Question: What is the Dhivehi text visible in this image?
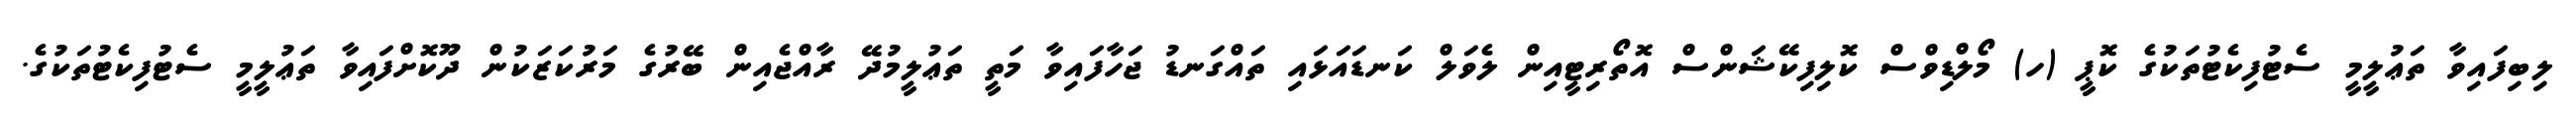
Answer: ލިބިފައިވާ ތަޢުލީމީ ސެޓުފިކެޓުތަކުގެ ކޮޕީ (ހ) މޯލްޑިވްސް ކޮލިފިކޭޝަންސް އޮތޯރިޓީއިން ލެވަލް ކަނޑައަޅައި ތައްގަނޑު ޖަހާފައިވާ މަތީ ތަޢުލީމުދޭ ރާއްޖެއިން ބޭރުގެ މަރުކަޒަކުން ދޫކޮށްފައިވާ ތަޢުލީމީ ސެޓުފިކެޓުތަކުގެ.